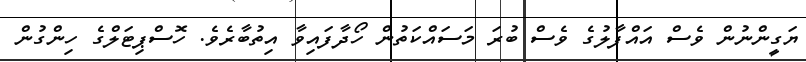
ޔަގީންނުން ވެސް އައްފާލުގެ ވެސް ބުރަ މަސައްކަތުން ހޯދާފައިވާ އިތުބާރެވެ. ހޮސްޕިޓަލްގެ ހިންގުން